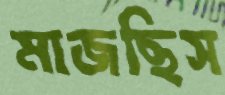
মাজছিস